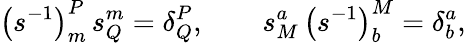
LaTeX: \left(s^{-1}\right)_{m}^{P}\, s_{Q}^{m}=\delta_{Q}^{P},\qquad s_{M}^{a}\, \left(s^{-1}\right)_{b}^{M}=\delta_{b}^{a},